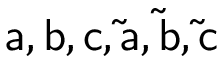
\mathsf { a } , \mathsf { b } , \mathsf { c } , \mathsf { \tilde { a } } , \mathsf { \tilde { b } } , \mathsf { \tilde { c } }